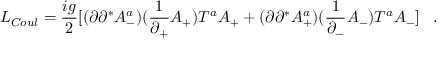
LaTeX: { \cal L } _ { C o u l } = \frac { i g } { 2 } [ ( \partial \partial ^ { * } A _ { - } ^ { a } ) ( \frac { 1 } { \partial _ { + } } A _ { + } ) T ^ { a } A _ { + } + ( \partial \partial ^ { * } A _ { + } ^ { a } ) ( \frac { 1 } { \partial _ { - } } A _ { - } ) T ^ { a } A _ { - } ] \; \; \; .